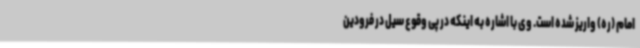
امام (ره) واریز شده است. وی با اشاره به اینکه در پی وقوع سیل در فرودین